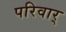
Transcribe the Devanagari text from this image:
परिवार्